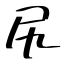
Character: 尻